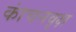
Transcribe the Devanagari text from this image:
कांचनवृक्ष